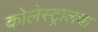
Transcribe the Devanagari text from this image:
कोलेस्ट्रालचा